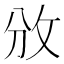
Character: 攽